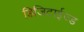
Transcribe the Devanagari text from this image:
डिजिटाईज्ड